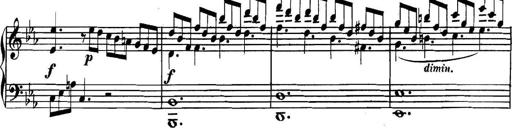
Title: Collected Piano Sonatas
Composer: Muzio Clementi